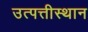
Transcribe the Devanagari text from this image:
उत्पत्तीस्थान